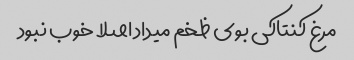
مرغ کنتاکی بوی ظخم میداد اصلا خوب نبود